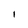
Character: I